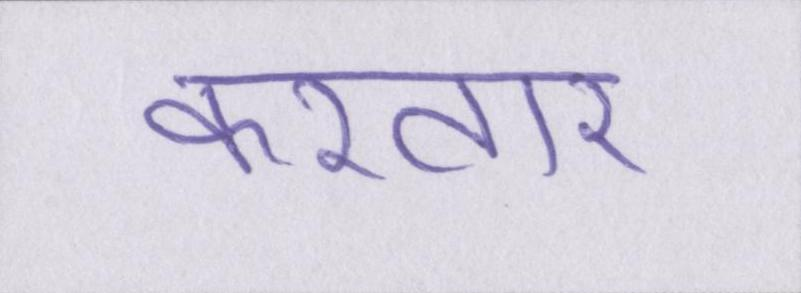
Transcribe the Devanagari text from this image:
करतार